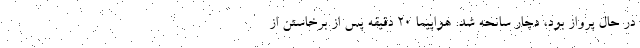
در حال پرواز بود، دچار سانحه شد. هواپیما ۲۰ دقیقه پس از برخاستن از